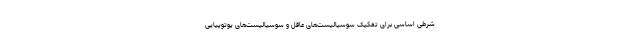
شرطی اساسی برای تفکیک سوسیالیست‌های عاقل و سوسیالیست‌های یوتوپیایی